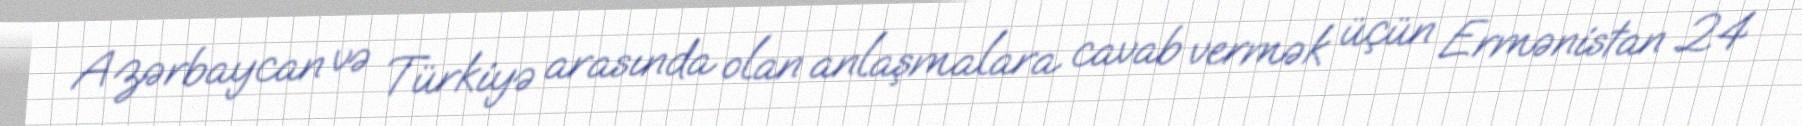
Azərbaycan və Türkiyə arasında olan anlaşmalara cavab vermək üçün Ermənistan 24